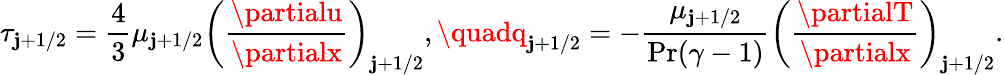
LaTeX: \tau_{\mathbf{j}+1/2}=\frac{{4}}{{3}}\mu_{\mathbf{j}+1/2}\left(\frac{{\partialu}}{{\partialx}}\right)_{\mathbf{j}+1/2},\quadq_{\mathbf{j}+1/2}=-\frac{{\mu_{\mathbf{j}+1/2}}}{{\operatorname*{Pr}(\gamma-1)}}\left(\frac{{\partialT}}{{\partialx}}\right)_{\mathbf{j}+1/2}.